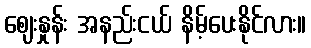
ဈေးနှုန်း အနည်းငယ် နိမ့်ပေးနိုင်လား။